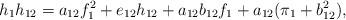
LaTeX: \begin{align*}h_1h_{12}=a_{12}f_1^2+e_{12}h_{12}+a_{12}b_{12}f_1+a_{12}(\pi_1+b_{12}^2),\end{align*}